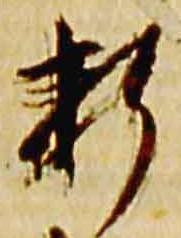
折